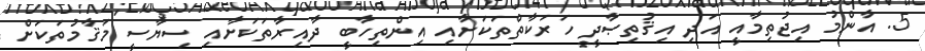
5. އާންމު އިޖުތިމާއީ އަދި އިޤުތިޞާދީ ހަރަކާތްތަކަށާއި އިންތިހާބީ ދާއިރާތަކަށާއި ސިޔާސީ މަޤާމުތަކަށް